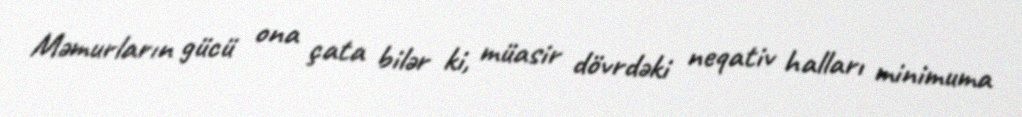
Məmurların gücü ona çata bilər ki, müasir dövrdəki neqativ halları minimuma